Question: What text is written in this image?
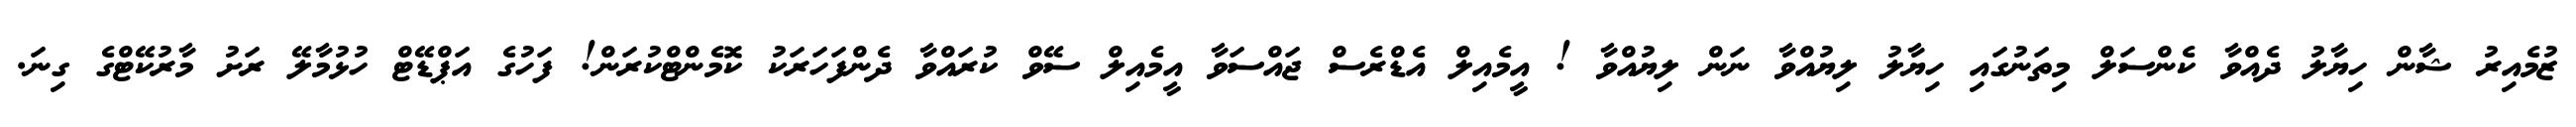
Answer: ޒުމެއިރު ޝާން ހިޔާލު ދެއްވާ ކެންސަލް މިތަނުގައި ހިޔާލު ލިޔުއްވާ ނަން ލިޔުއްވާ ! އީމެއިލް އެޑްރެސް ޖައްސަވާ އީމެއިލް ސޭވް ކުރައްވާ ދެންފަހަރަކު ކޮމެންޓްކުރަން! ފަހުގެ އަޕްޑޭޓް ހުޅުމާލޭ ރަށު މާރުކޭޓްގެ ގިނަ.